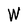
Character: W